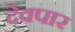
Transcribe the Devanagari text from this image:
देवपार